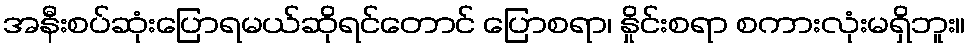
အနီးစပ်ဆုံးပြောရမယ်ဆိုရင်တောင် ပြောစရာ၊ နှိုင်းစရာ စကားလုံးမရှိဘူး။